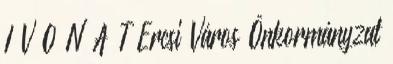
I V O N A T Ercsi Város Önkormányzat